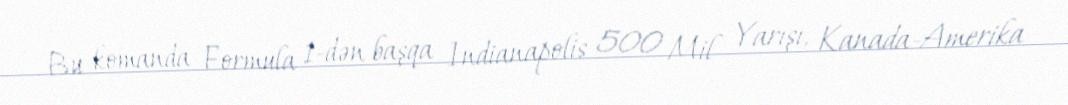
Bu komanda Formula 1-dən başqa Indianapolis 500 Mil Yarışı, Kanada-Amerika